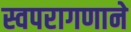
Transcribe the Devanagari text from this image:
स्वपरागणाने